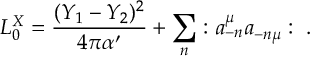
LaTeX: L _ { 0 } ^ { X } = { \frac { ( Y _ { 1 } - Y _ { 2 } ) ^ { 2 } } { 4 \pi \alpha ^ { \prime } } } + \sum _ { n } : a _ { - n } ^ { \mu } a _ { - n \mu } : \; .